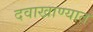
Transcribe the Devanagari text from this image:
दवाखाण्यात